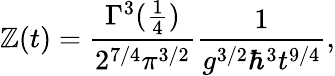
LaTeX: \mathbb{Z}(t)={\frac{{\Gamma^{3}({\frac{{1}}{{4}}})}}{{2^{7/4}\pi^{3/2}}}}{\frac{{1}}{{g^{3/2}\hbar^{3}t^{9/4}}}},